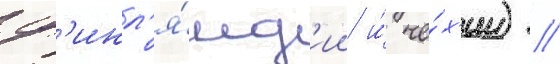
ф'инл'я́нд'ии и́ че́х'ии) //